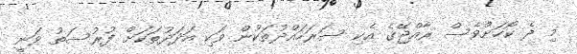
މި ދެ ކޯހަށްވެސް ރާއްޖޭގެ އެކި ސަރަހައްދުތަކުން ވަކި އަދަދުތަކަށް ފުރުސަތު ވަނީ